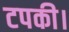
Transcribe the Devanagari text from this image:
टपकी।